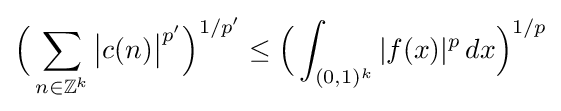
{\Big (}\sum _{n\in \mathbb {Z} ^{k}}{\big |}c(n){\big |}^{p'}{\Big )}^{1/p'}\leq {\Big (}\int _{(0,1)^{k}}|f(x)|^{p}\,dx{\Big )}^{1/p}